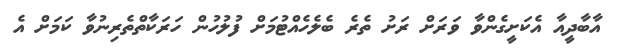
އާބާދީއާ އެކަށީގެންވާ ވަރަށް ރަށު ތެރެ ބެލެހެއްޓުމަށް ފުލުހުން ހަރަކާތްތެރިނުވާ ކަމަށް އެ